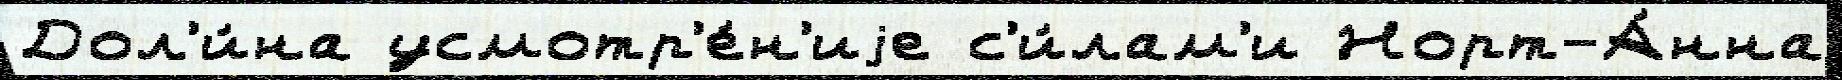
Дол'и́на усмотр'е́н'иjе с'и́лам'и Норт-А́нна